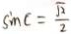
\sin C = \frac { \sqrt { 2 } } { 2 }